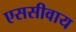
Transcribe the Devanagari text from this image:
एससीवाय